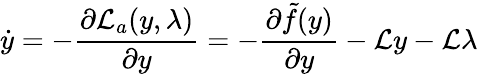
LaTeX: \dot{y}=-\frac{\partial\mathcal{L}_{a}(y,\lambda)}{\partial y}=-\frac{\partial\tilde{f}(y)}{\partial y}-\mathcal{L}y-\mathcal{L}\lambda